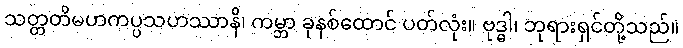
သတ္တတိမဟကပ္ပသဟဿာနိ၊ ကမ္ဘာ ခုနစ်ထောင် ပတ်လုံး။ ဗုဒ္ဓါ၊ ဘုရားရှင်တို့သည်။